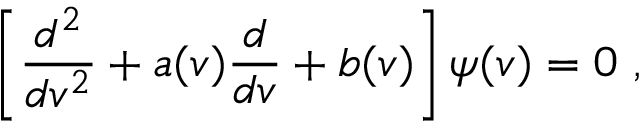
\left[ \frac { d ^ { 2 } } { d v ^ { 2 } } + a ( v ) \frac { d } { d v } + b ( v ) \right] \psi ( v ) = 0 ~ ,